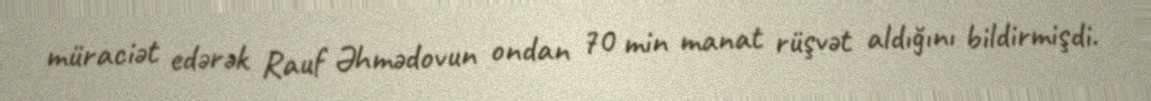
müraciət edərək Rauf Əhmədovun ondan 70 min manat rüşvət aldığını bildirmişdi.